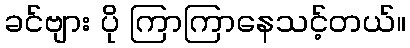
ခင်ဗျား ပို ကြာကြာနေသင့်တယ်။